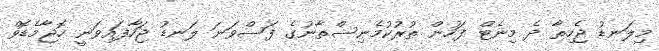
މިލަނޑު ޖެހިތާ ދެ މިނެޓް ފަހުން ތުރުކުމެނިސްތާނުގެ ފަސްވަނަ ލަނޑު ޖަހާފައިވަނީ ހޮޖާމެޑޮވް